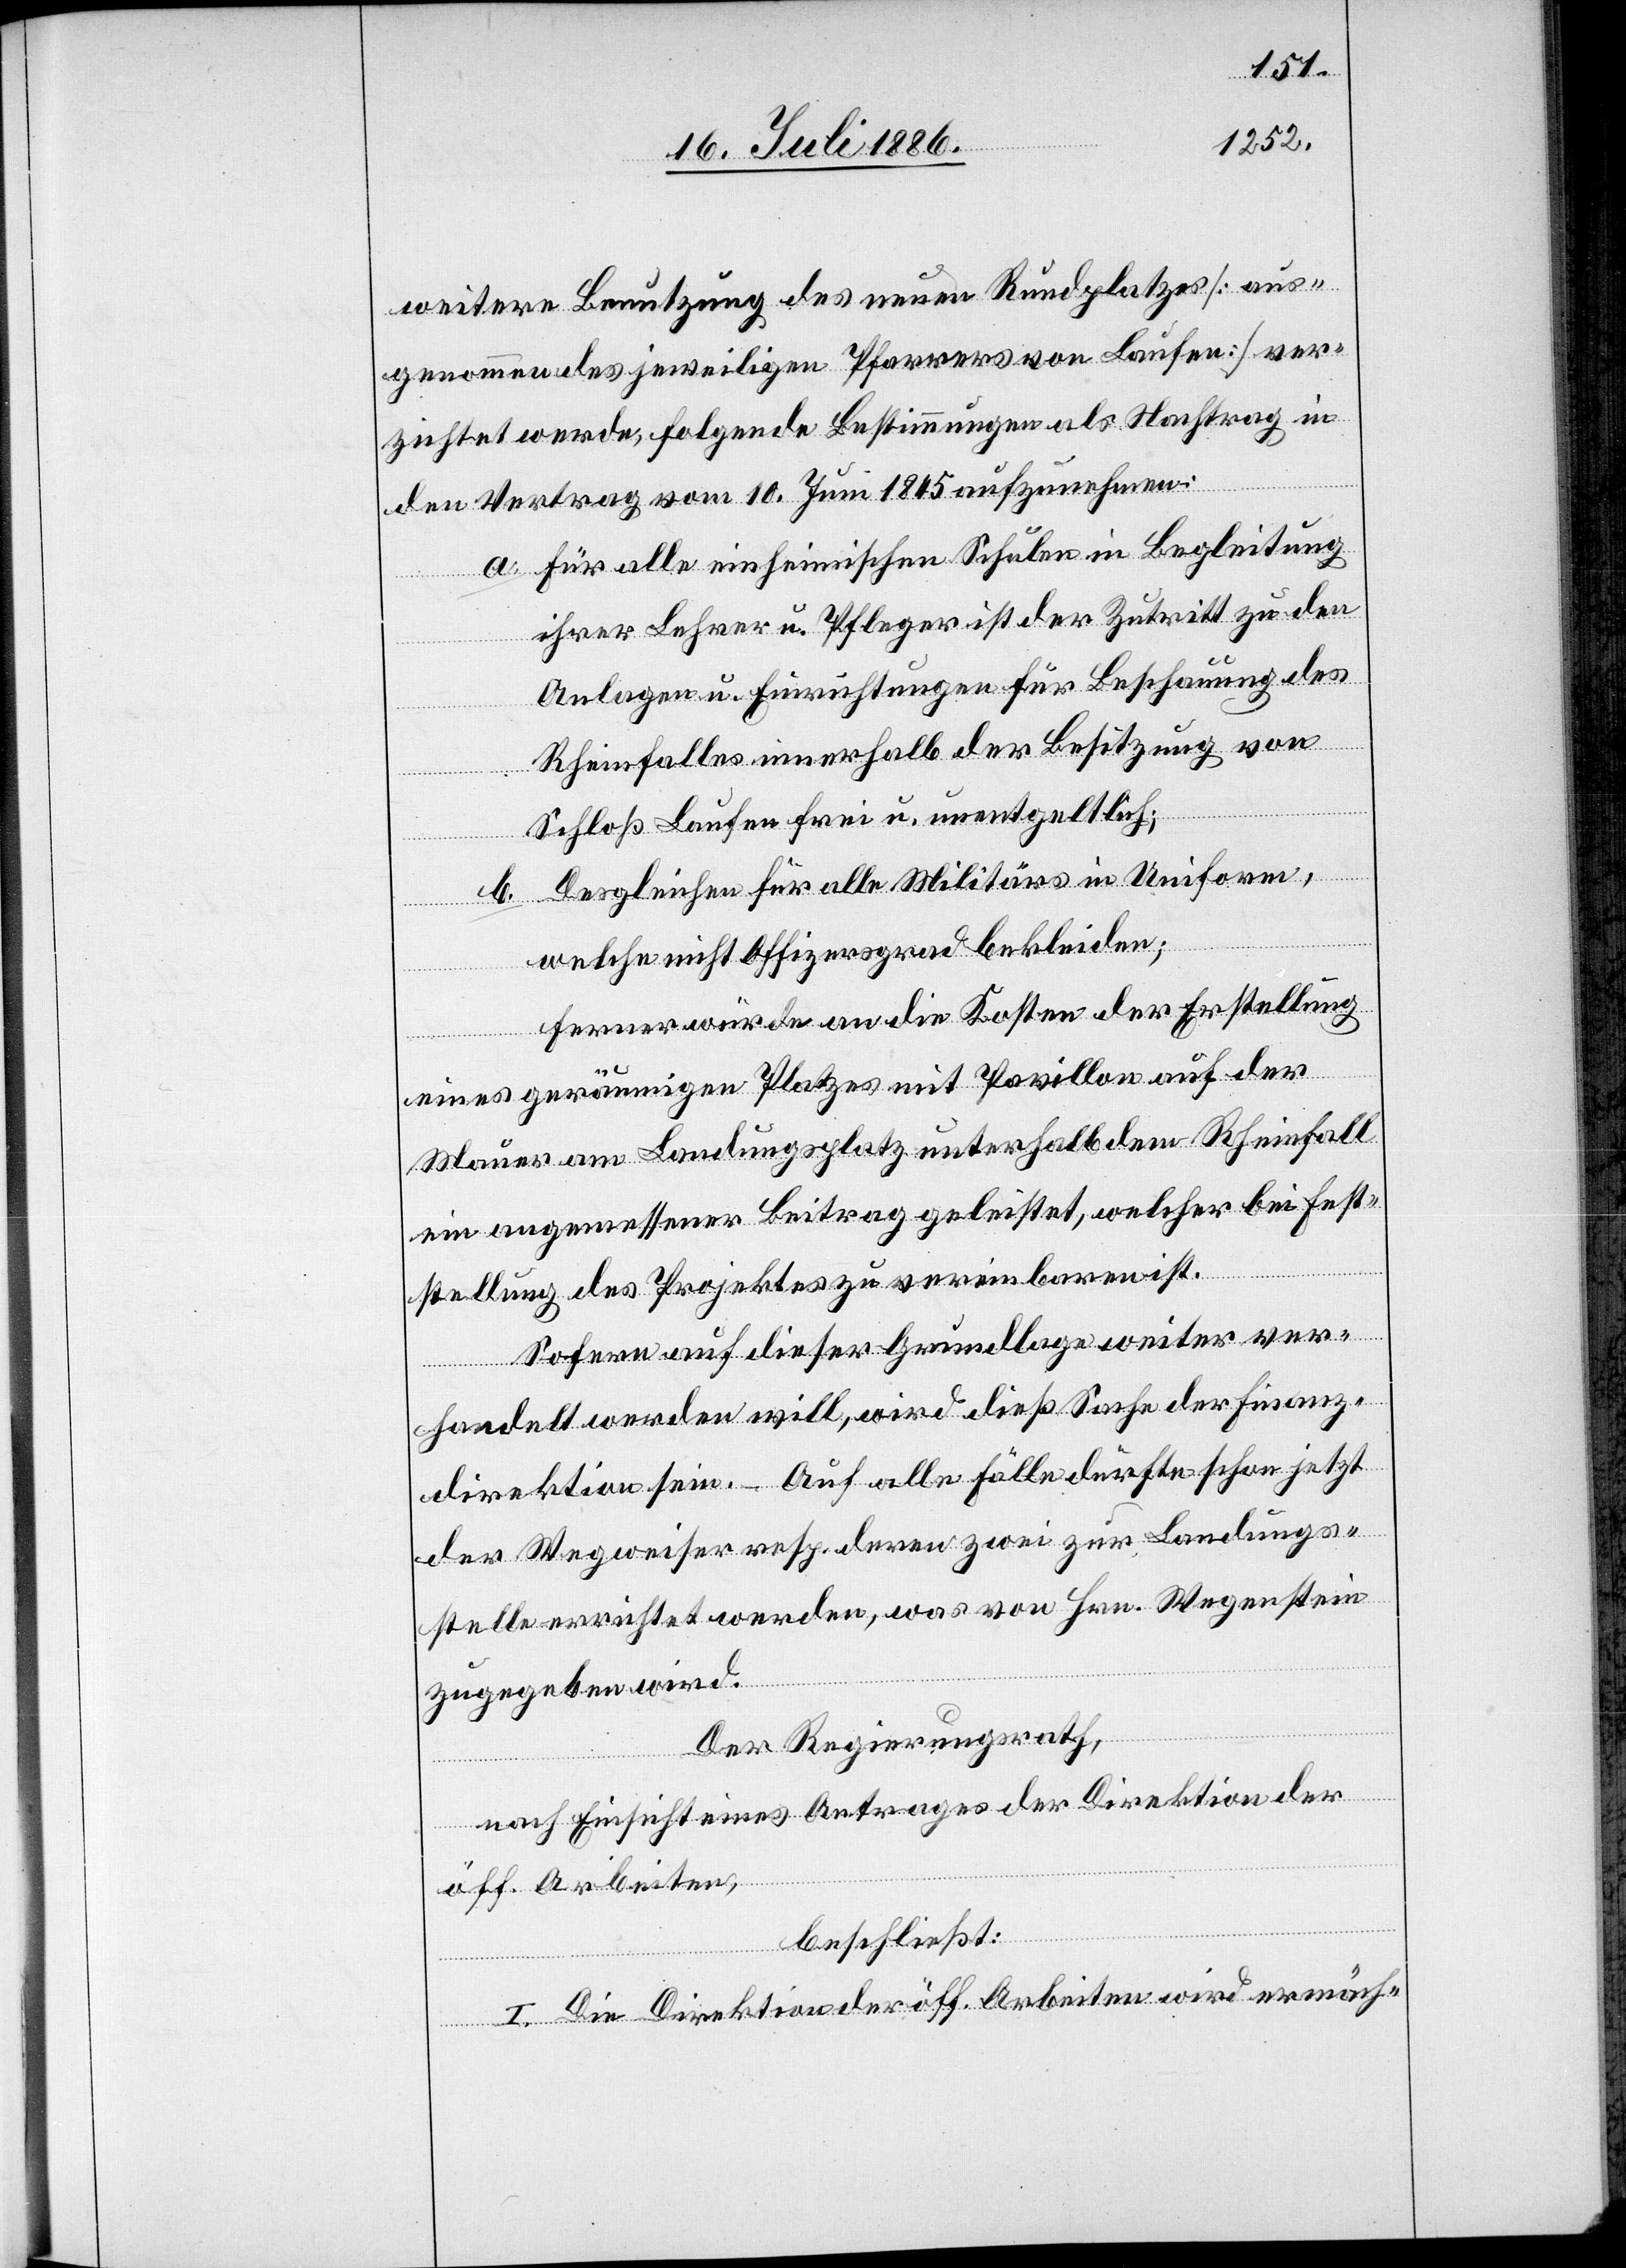
weitere Benutzung des neuen Rundplatzes [aus¬
genommen des jeweiligen Pfarrers von Laufen] ver¬
zichtet werde, folgende Bestimmungen als Nachtrag in
den Vertrag vom 10. Juni 1845 aufzunehmen:
a. Für alle einheimischen Schulen in Begleitung
ihrer Lehrer u. Pfleger ist der Zutritt zu den
Anlagen u. Einrichtungen für Beschauung des
Rheinfalles innerhalb der Besitzung von
Schloß Laufen frei u. unentgeltlich;
b. Desgleichen für alle Militärs in Uniform,
welche nicht Offiziersgrad bekleiden;
ferner würde an die Kosten der Erstellung
eines geräumigen Platzes mit Pavillon auf der
Mauer am Landungsplatz unterhalb dem Rheinfall
ein angemessener Beitrag geleistet, welcher bei Fest¬
stellung des Projektes zu vereinbaren ist.
Sofern auf dieser Grundlage weiter ver¬
handelt werden will, wird dieß Sache der Finanz¬
direktion sein. – Auf alle Fälle dürfte schon jetzt
der Wegweiser resp. deren zwei zur Landungs¬
stelle errichtet werden, was von Hrn. Wegenstein
zugegeben wird.
Der Regierungsrath,
nach Einsicht eines Antrages der Direktion der
öff. Arbeiten,
beschließt:
I. Die Direktion der öff. Arbeiten wird ermäch-